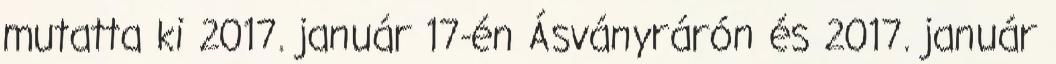
mutatta ki 2017. január 17-én Ásványrárón és 2017. január